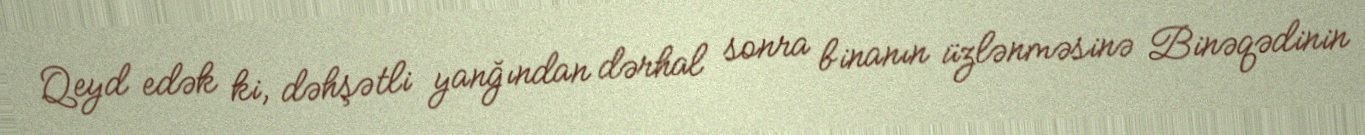
Qeyd edək ki, dəhşətli yanğından dərhal sonra binanın üzlənməsinə Binəqədinin